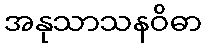
အနုသာသနဝိဓာ